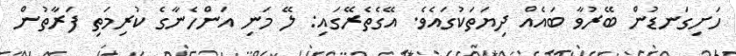
ހަށިގަނޑުން ބޭރުވާ ބައެއް ދިޔަތަކުގައެވެ. އޭގެތެރޭގައި: ލޭ މަނި އަންހެނާގެ ކުރިމަތި ފަރާތުން